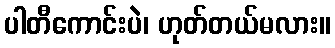
ပါတီကောင်းပဲ၊ ဟုတ်တယ်မလား။